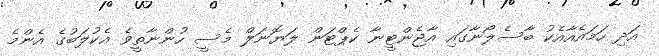
އަދި ހަމައެއާއެކު ބާސެލޯނާގައި އާޖެންޓީނާ ކެޕްޓަން ލަޔޮނަލް މެސީ ހުންނާތީވެ އެކުލަބުގެ އެންމެ